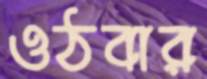
ওঠবার